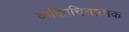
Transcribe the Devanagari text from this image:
व्यक्तिचित्रात्मक